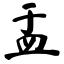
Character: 盂